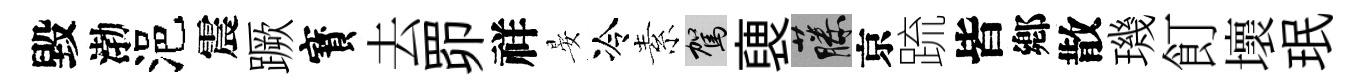
毀渤浥震蹶寳去𦊑祥晏冷素駕褏藤京䟽皆鄕散璣飣壞珉